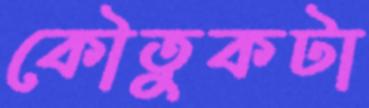
কৌতুকটা